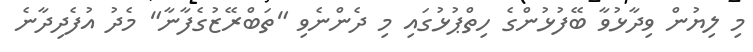
މި ލިޔުން ވިދާޅުވާ ބޭފުޅުންގެ ހިތްޕުޅުގައި މި ދެންނެވި "ތަބްރޭޒުގެފާނާ" މެދު އުފެދިދާނެ